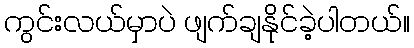
ကွင်းလယ်မှာပဲ ဖျက်ချနိုင်ခဲ့ပါတယ်။